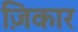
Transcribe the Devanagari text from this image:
ज़िकार